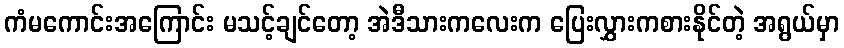
ကံမကောင်းအကြောင်း မသင့်ချင်တော့ အဲဒီသားကလေးက ပြေးလွှားကစားနိုင်တဲ့ အရွယ်မှာ